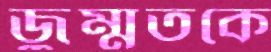
জুম্মতকে